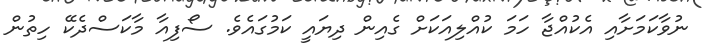
ނުވާކަމަށާއި އެކުއްޖާ ހަމަ ކުއްލިއަކަށް ގެއިން ދިޔައީ ކަމުގައެވެ. ސޯފިއާ މާކަސްދެކޭ ހިތުން